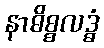
နာဓိစ္စလဒ္ဓံ